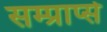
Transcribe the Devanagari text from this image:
सम्प्राप्से